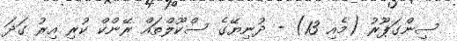
ސިންގަޕޫރު (މެއި 13) - ދުނިޔޭގެ ސްކޫލްތައް ރޭންކް ކުރި އިރު ގަދަ